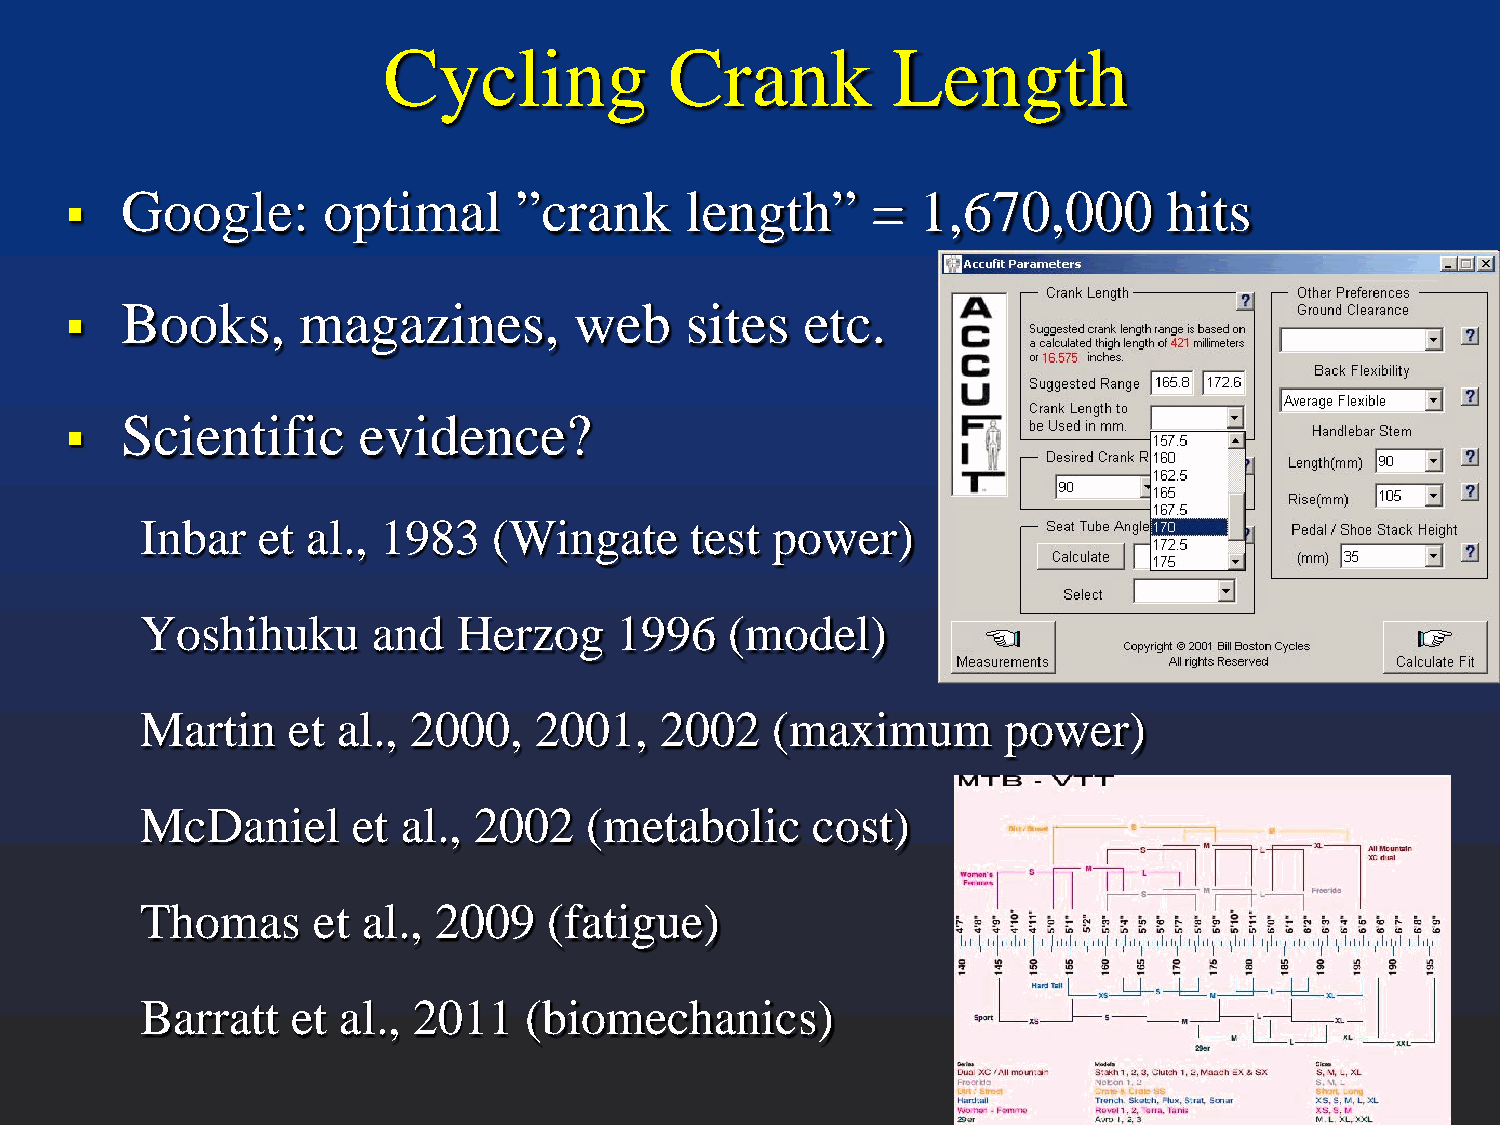
Cycling            Crank          Length
    Google:      optimal      ”crank     length”      =  1,670,000       hits
    Books,      magazines,        web    sites   etc.
    Scientific      evidence?
 Inbar   et al., 1983    (Wingate     test power)
 Yoshihuku       and  Herzog     1996   (model)
 Martin    et al., 2000,   2001,    2002   (maximum       power)
 McDaniel      et  al., 2002   (metabolic     cost)
 Thomas      et al., 2009   (fatigue)
 Barratt   et al., 2011    (biomechanics)